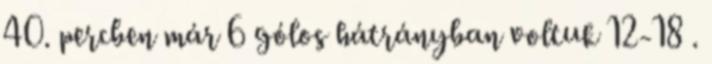
40. percben már 6 gólos hátrányban voltuk 12-18 .